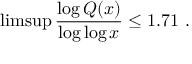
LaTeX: \operatorname* { l i m s u p } { \frac { \log Q ( x ) } { \log \log x } } \leq 1 . 7 1 \ .